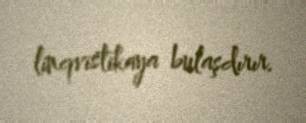
linqvistikaya bulaşdırır.